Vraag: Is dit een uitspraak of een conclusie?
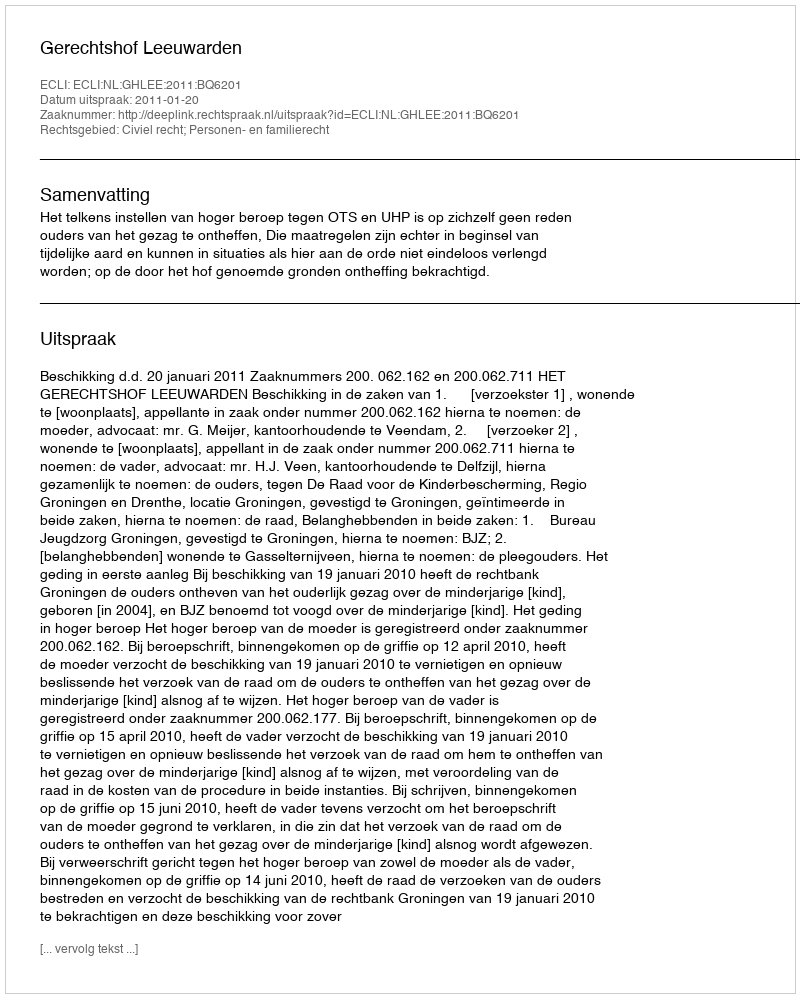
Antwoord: Uitspraak